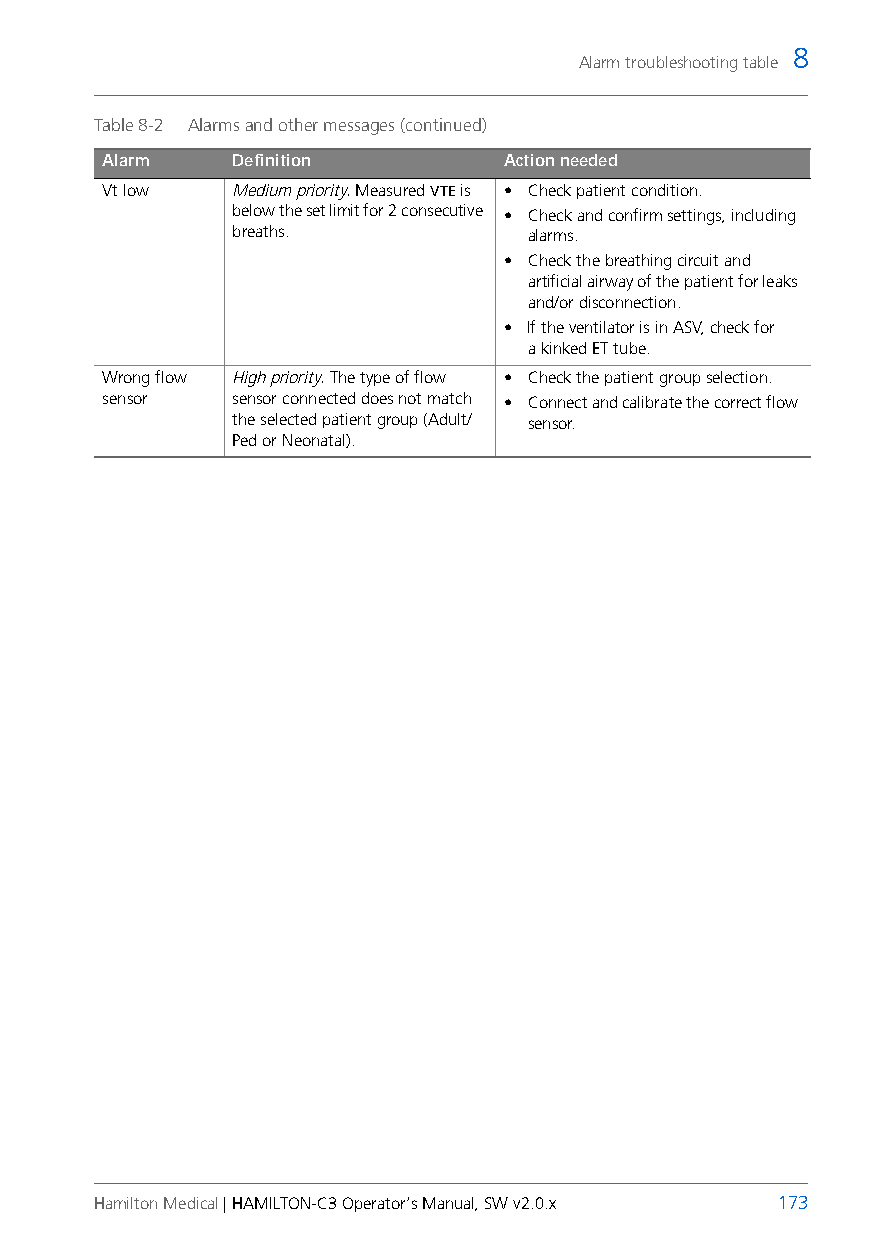
8
 Alarm troubleshooting table
 Table 8-2 Alarms and other messages (continued)
 Alarm    Definition        Action needed
 Vt low   Medium priority. Measured VTE is • Check patient condition.
 below the set limit for 2 consecutive • Check and confirm settings, including
 breaths.           alarms.
 • Check the breathing circuit and
 artificial airway of the patient for leaks
 and/or disconnection.
 • If the ventilator is in ASV, check for
 akinked ET tube.
 Wrong flow High priority. The type of flow • Check the patient group selection.
 sensor   sensor connected does not match • Connect and calibrate the correct flow
 the selected patient group (Adult/ sensor.
 Ped or Neonatal).
 Hamilton Medical | HAMILTON-C3 Operator’s Manual, SW v2.0.x 173